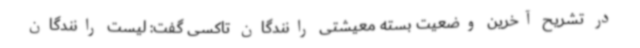
در تشریح آخرین وضعیت بسته معیشتی رانندگان تاکسی گفت: لیست رانندگان